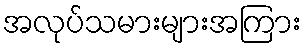
အလုပ်သမားများအကြား